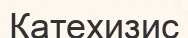
Катехизис